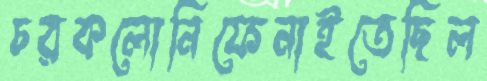
চরকলোনিফেনাইতেছিল